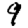
Digit: 9